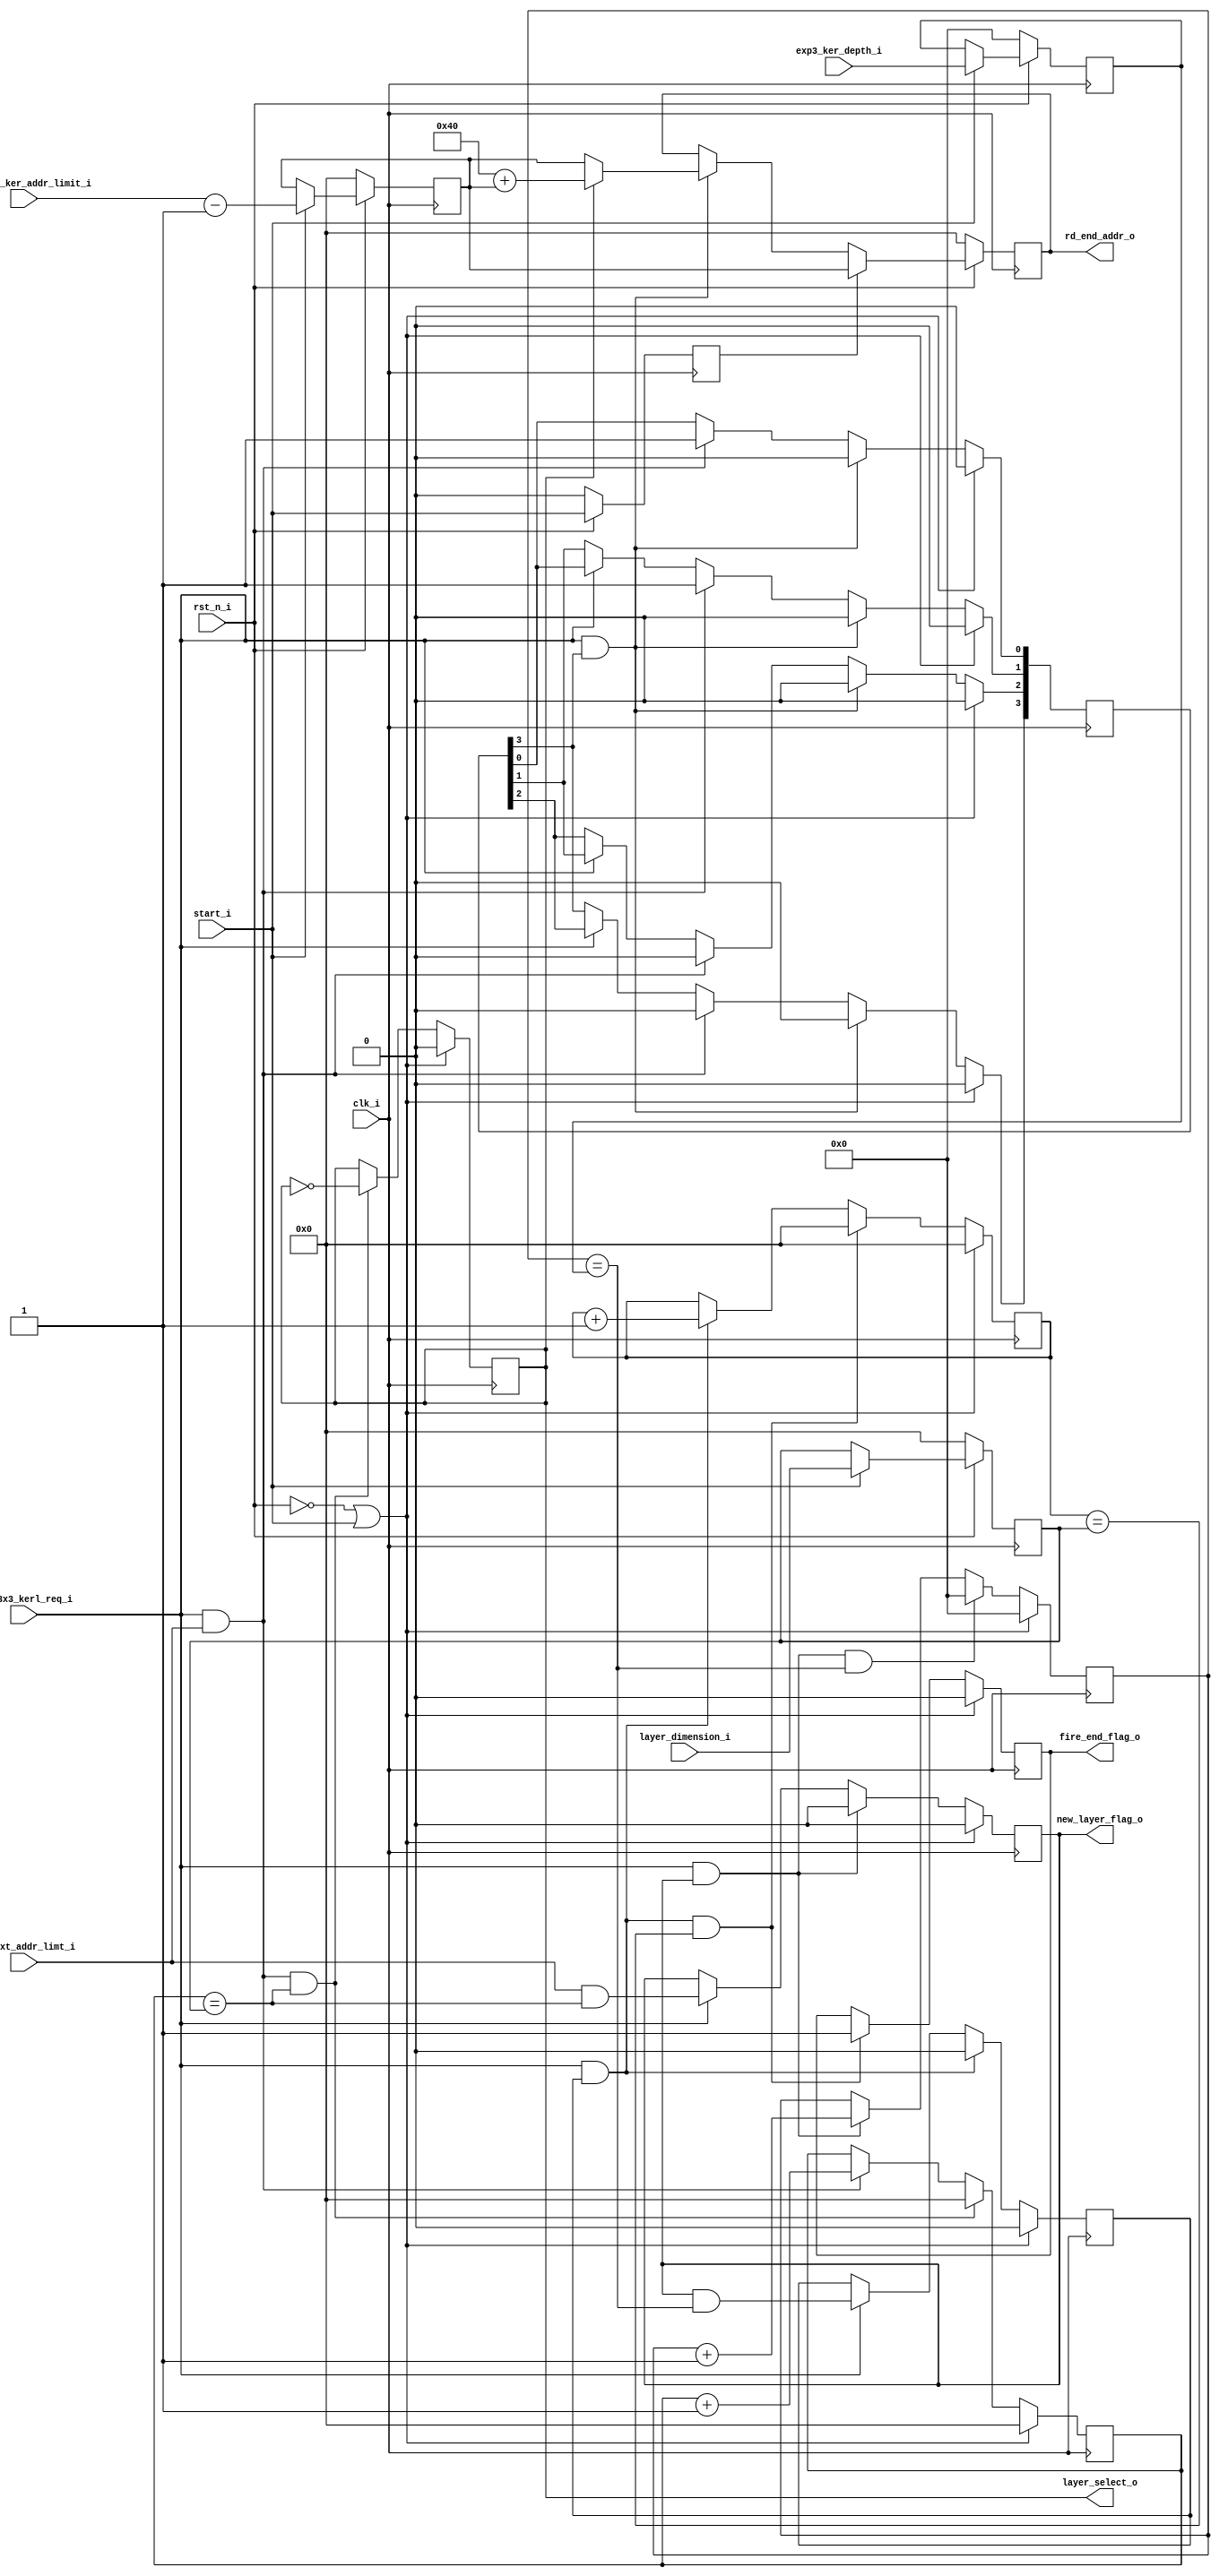
module read_config_exp_3x3(
	clk_i,
	rst_n_i,

	start_i,
	one_exp3_ker_addr_limit_i,
	exp3_ker_depth_i,
	layer_dimension_i,

	chk_nxt_addr_limt_i,
	exp_3x3_kerl_req_i,
	rd_end_addr_o,
	layer_select_o,
	new_layer_flag_o,
	fire_end_flag_o
);


//----------------------------------------------------------------------------------------------------------------------
// Global constant and function headers
//----------------------------------------------------------------------------------------------------------------------

//----------------------------------------------------------------------------------------------------------------------
// parameter definitions
//----------------------------------------------------------------------------------------------------------------------

//----------------------------------------------------------------------------------------------------------------------
// localparam definitions
//----------------------------------------------------------------------------------------------------------------------

	/*
		Configurations :-
		one_exp3_ker_addr_limit_i 	:- [NO of expand kernals / 4]
		exp3_ker_depth_i 	  		:- [depth - 1]
		layer_dimension_i 			:- [dimnision -1]
	*/

//----------------------------------------------------------------------------------------------------------------------
// I/O signals
//----------------------------------------------------------------------------------------------------------------------

	// System Clock Signals
	input 															clk_i;
	input 															rst_n_i;

	// Configuration Control Signals
	input 															start_i;
	input 						[6:0] 								one_exp3_ker_addr_limit_i;
	input 						[5:0] 								exp3_ker_depth_i;
	input 						[6:0]								layer_dimension_i;

	// Layer Control Signals
	input 															chk_nxt_addr_limt_i;
	input 															exp_3x3_kerl_req_i;
	output 	reg					[6:0] 								rd_end_addr_o;
	output 	reg 													layer_select_o;
	output 	reg 													new_layer_flag_o;
	output 	reg	 													fire_end_flag_o;

//----------------------------------------------------------------------------------------------------------------------
// Internal wires and registers
//----------------------------------------------------------------------------------------------------------------------
			
	// Write Address Control Signals
	reg 						[6:0] 								r_layer_addr_space;
	reg 						[5:0] 								r_kernal_no;
	reg 						[6:0] 								r_layer_dim;

	reg 						[6:0] 								r_col_count;
	reg 						[5:0] 								r_kernal_count;
	reg 															r_row_flag;
	reg 						[6:0] 								r_row_count;

	reg 						[3:0] 								r_end_addr_flag;
	reg 							 								r_new_config_flag;

//----------------------------------------------------------------------------------------------------------------------
// Implmentation
//----------------------------------------------------------------------------------------------------------------------

	// Configuration COntrol Signals
	always @(posedge clk_i) begin : CONFIG
		if(~rst_n_i) begin
			r_layer_addr_space 	<= 0;
			r_kernal_no 		<= 0;
			r_layer_dim 		<= 0;
		end 
		else if(start_i) begin
			r_layer_addr_space 	<= one_exp3_ker_addr_limit_i - 1;
			r_kernal_no 		<= exp3_ker_depth_i;
			r_layer_dim 		<= layer_dimension_i;
		end
	end

	// New Config Flag
	always @(posedge clk_i) begin : NEW_CONFIG_FLAG
		if(~rst_n_i) begin
			r_new_config_flag <= 0;
		end else begin
			r_new_config_flag <= start_i;
		end
	end

	// Column Count
	always @(posedge clk_i) begin : COL_COUNT
		if(~rst_n_i || start_i) begin
			r_col_count <= 0;
		end 
		else if(exp_3x3_kerl_req_i && chk_nxt_addr_limt_i && r_col_count == r_layer_dim) begin
			r_col_count <= 0;
		end 
		else if(exp_3x3_kerl_req_i && chk_nxt_addr_limt_i) begin
			r_col_count <= r_col_count + 1;
		end
	end

	// Layer Select
	always @(posedge clk_i) begin : LAYER_SELECT
		if(~rst_n_i || start_i) begin
			layer_select_o <= 0;
		end 
		else if(exp_3x3_kerl_req_i && chk_nxt_addr_limt_i && r_col_count == r_layer_dim) begin
			layer_select_o <= ~layer_select_o;
		end
	end

	// New LAYER Flag
	always @(posedge clk_i) begin : NEW_LAYER_FLAG
		if(~rst_n_i || start_i) begin
			new_layer_flag_o <= 0;
		end 
		else if(exp_3x3_kerl_req_i && new_layer_flag_o) begin
			new_layer_flag_o <= 0;
		end 
		else if(exp_3x3_kerl_req_i) begin
			new_layer_flag_o <= (chk_nxt_addr_limt_i && r_col_count == r_layer_dim);
		end
	end

	// Kernal Count
	always @(posedge clk_i) begin : KERNAL_COUNT
		if(~rst_n_i || start_i) begin
			r_kernal_count <= 0;
		end 
		else if(exp_3x3_kerl_req_i && new_layer_flag_o && r_kernal_count == r_kernal_no) begin
			r_kernal_count <= 0;
		end 
		else if(exp_3x3_kerl_req_i && new_layer_flag_o) begin
			r_kernal_count <= r_kernal_count + 1;
		end
	end

	// ROW Flag
	always @(posedge clk_i) begin : ROW_FLAG
		if(~rst_n_i || start_i) begin
			r_row_flag <= 0;
		end 
		else if(exp_3x3_kerl_req_i && r_row_flag) begin
			r_row_flag <= 0;
		end 
		else if(exp_3x3_kerl_req_i) begin
			r_row_flag <= (new_layer_flag_o && r_kernal_count == r_kernal_no);
		end
	end

	// ROW Count
	always @(posedge clk_i) begin : ROW_COUNT
		if(~rst_n_i || start_i) begin
			r_row_count <= 0;
		end
		else if(exp_3x3_kerl_req_i && r_row_flag && r_row_count == r_layer_dim) begin
			r_row_count <= 0;
		end 
		else if(exp_3x3_kerl_req_i && r_row_flag)begin
			r_row_count <= r_row_count + 1;
		end
	end

	// End Address Flag
	always @(posedge clk_i) begin : END_ADDR_FLAG
		if(~rst_n_i || start_i) begin
			r_end_addr_flag <= 0;
		end 
		else if(exp_3x3_kerl_req_i && r_end_addr_flag[3:3]) begin
			r_end_addr_flag <= 0;
		end 
		else if(exp_3x3_kerl_req_i && chk_nxt_addr_limt_i) begin
			r_end_addr_flag[1:0] <= 2'b11;
			r_end_addr_flag[3:2] <= 0;
		end
		else if(exp_3x3_kerl_req_i) begin
			r_end_addr_flag[1:1] <= r_end_addr_flag[0:0];
			r_end_addr_flag[2:2] <= r_end_addr_flag[1:1];
			r_end_addr_flag[3:3] <= r_end_addr_flag[2:2];
		end
	end
	// End Address
	always @(posedge clk_i) begin : END_ADDR
		if(~rst_n_i) begin
			rd_end_addr_o <= 0;
		end 
		else if(r_new_config_flag) begin
			rd_end_addr_o <= r_layer_addr_space;
		end 
		else if(r_end_addr_flag[3:3] && exp_3x3_kerl_req_i) begin
			rd_end_addr_o <= (layer_select_o) ? 64 + r_layer_addr_space : r_layer_addr_space;
		end
	end

	// FIRE End Flag
	always @(posedge clk_i) begin : FIRE_END_FLAG
		if(~rst_n_i || start_i) begin
			fire_end_flag_o <= 0;
		end 
		else if(exp_3x3_kerl_req_i && r_row_flag && r_row_count == r_layer_dim) begin // new_layer_flag_o && r_kernal_count == r_kernal_no
			fire_end_flag_o <= 1;
		end
	end
	

//----------------------------------------------------------------------------------------------------------------------
// Sub module instantiation
//----------------------------------------------------------------------------------------------------------------------


endmodule